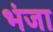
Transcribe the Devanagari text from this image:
भंजा